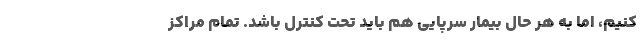
کنیم، اما به هر حال بیمار سرپایی هم باید تحت کنترل باشد. تمام مراکز